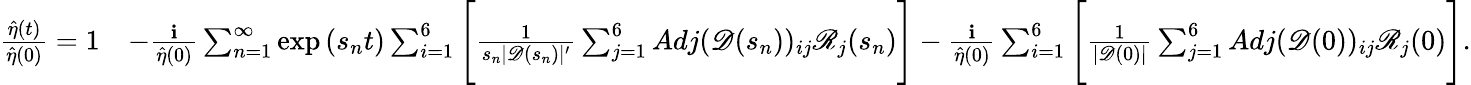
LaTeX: \begin{array}{rl}{\frac{\hat{\eta}(t)}{\hat{\eta}(0)}=1}&{-\frac{\textbf{i}}{\hat{\eta}(0)}\sum_{n=1}^{\infty}\exp{(s_{n}t)}\sum_{i=1}^{6}\Bigg[\frac{1}{s_{n}|\mathscr{D}(s_{n})|^{\prime}}\sum_{j=1}^{6}Adj(\mathscr{D}(s_{n}))_{ij}\mathscr{R}_{j}(s_{n})\Bigg]-\frac{\textbf{i}}{\hat{\eta}(0)}\sum_{i=1}^{6}\Bigg[\frac{1}{|\mathscr{D}(0)|}\sum_{j=1}^{6}Adj(\mathscr{D}(0))_{ij}\mathscr{R}_{j}(0)\Bigg].}\end{array}